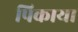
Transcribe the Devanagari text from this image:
पिकाया